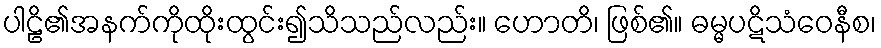
ပါဠိ၏အနက်ကိုထိုးထွင်း၍သိသည်လည်း။ ဟောတိ၊ ဖြစ်၏။ ဓမ္မပဋိသံဝေနီစ၊